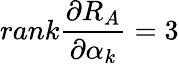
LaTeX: rank\frac{\partial R_{A}}{\partial\alpha_{k}}=3